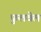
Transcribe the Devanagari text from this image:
फुलवेल